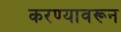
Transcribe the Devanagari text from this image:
करण्यावरून